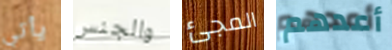
يأتي والجنس المجئ أعدهم